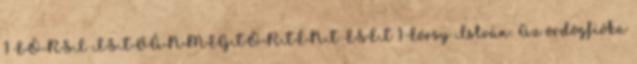
1 EÖRSI ISTVÁNMEGTÖRTÉNT ESET 1 Eörsy István: Az ördögfióka